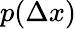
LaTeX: p(\Delta x)